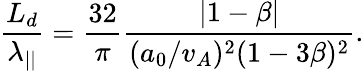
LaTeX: \frac{L_{d}}{\lambda_{||}}=\frac{32}{\pi}\frac{|1-\beta|}{(a_{0}/v_{A})^{2}(1-3\beta)^{2}}.